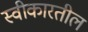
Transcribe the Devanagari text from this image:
स्वीकारतील